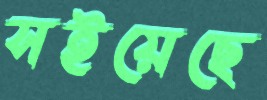
সইয়েছে